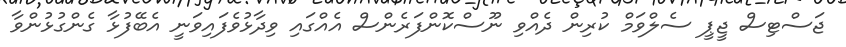
ޖަސްޓިސް ޖީޕީ ސެލްވަމް ކުރިން ދެއްވި ނޫސްކޮންފަރެންސް އެއްގައި ވިދާޅުވެފައިވަނީ އެބޭފުޅާ ގެންގުޅުންވާ